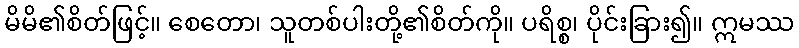
မိမိ၏စိတ်ဖြင့်။ စေတော၊ သူတစ်ပါးတို့၏စိတ်ကို။ ပရိစ္စ၊ ပိုင်းခြား၍။ ဣမဿ